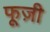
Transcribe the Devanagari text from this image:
फूज़ी